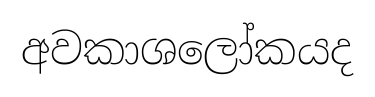
අවකාශලෝකයද